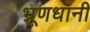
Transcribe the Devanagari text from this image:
भ्रूणधानी